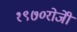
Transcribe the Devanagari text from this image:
१९७०रोजीे